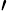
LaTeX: ^\prime